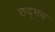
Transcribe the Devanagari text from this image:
तद्‍भव